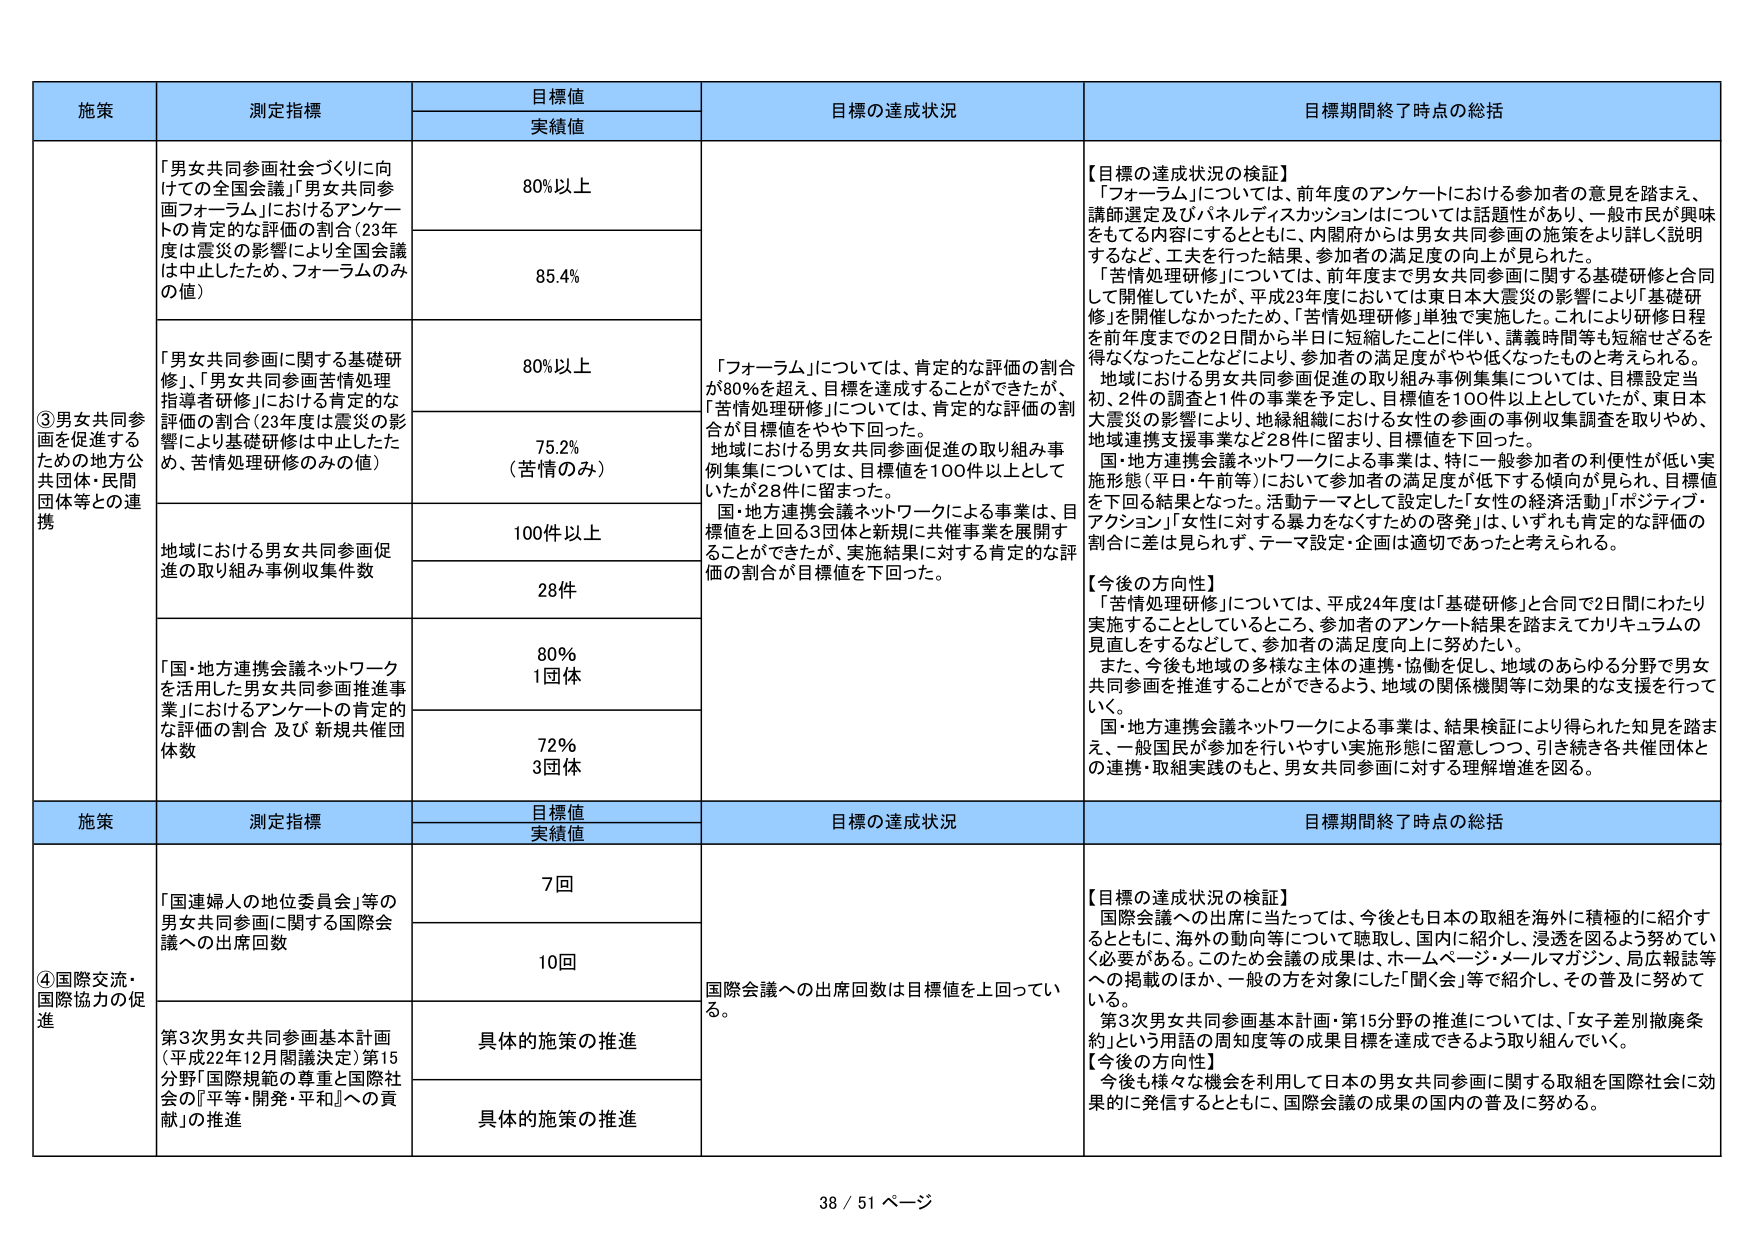
施策
測定指標
目標値
実績値
目標の達成状況
目標期間終了時点の総括
③男女共同参画を促進するための地方公共団体・民間団体等との連携
「男女共同参画社会づくりに向けての全国会議」「男女共同参画フォーラム」におけるアンケートの肯定的な評価の割合（23年度は震災の影響により全国会議は中止したため、フォーラムのみの値）
80％以上
85.4％
「フォーラム」については、肯定的な評価の割合が80％を超え、目標を達成することができたが、「苦情処理研修」については、肯定的な評価の割合が目標値をやや下回った。
地域における男女共同参画促進の取り組み事例集集については、目標値を100件以上としていたが28件に留まった。
国・地方連携会議ネットワークによる事業は、目標値を上回る3団体と新規に共催事業を展開することができたが、実施結果に対する肯定的な評価の割合が目標値を下回った。
【目標の達成状況の検証】
「フォーラム」については、前年度のアンケートにおける参加者の意見を踏まえ、講師選定及びパネルディスカッションはについては話題性があり、一般市民が興味をもてる内容にするとともに、内閣府からは男女共同参画の施策をより詳しく説明するなど、工夫を行った結果、参加者の満足度の向上が見られた。
「苦情処理研修」については、前年度まで男女共同参画に関する基礎研修と合同して開催していたが、平成23年度においては東日本大震災の影響により「基礎研修」を開催しなかったため、「苦情処理研修」単独で実施した。これにより研修日程を前年度までの2日間から半日に短縮したこと等に伴い、講義時間等も短縮せざるを得なくなったことなどにより、参加者の満足度がやや低くなったものと考えられる。
地域における男女共同参画促進の取り組み事例集集については、目標設定当初、2件の調査と1件の事業を予定し、目標値を100件以上としていたが、東日本大震災の影響により、地縁組織における女性の参画の事例収集調査を取りやめ、地域連携支援事業など28件に留まり、目標値を下回った。
国・地方連携会議ネットワークによる事業は、特に一般参加者の利便性が低い実施形態（平日・午前等）において参加者の満足度が低下する傾向が見られ、目標値を下回る結果となった。活動テーマとして設定した「女性の経済活動」「ポジティブ・アクション」「女性に対する暴力をなくすための啓発」は、いずれも肯定的な評価の割合に差は見られず、テーマ設定・企画は適切であったと考えられる。
【今後の方向性】
「苦情処理研修」については、平成24年度は「基礎研修」と合同で2日間にわたり実施することとしているところ、参加者のアンケート結果を踏まえてカリキュラムの見直しをするなどして、参加者の満足度向上に努めたい。
また、今後も地域の多様な主体の連携・協働を促し、地域のあらゆる分野で男女共同参画を推進することができるよう、地域の関係機関等に効果的な支援を行っていく。
国・地方連携会議ネットワークによる事業は、結果検証により得られた知見を踏まえ、一般国民が参加を行いやすい実施形態に留意しつつ、引き続き各共催団体との連携・取組実践のもと、男女共同参画に対する理解増進を図る。
「男女共同参画に関する基礎研修」、「男女共同参画苦情処理指導者研修」における肯定的な評価の割合（23年度は震災の影響により基礎研修は中止したため、苦情処理研修のみの値）
80％以上
75.2％（苦情のみ）
地域における男女共同参画促進の取り組み事例収集件数
100件以上
28件
「国・地方連携会議ネットワークを活用した男女共同参画推進事業」におけるアンケートの肯定的な評価の割合 及び 新規共催団体数
80％
1団体
72％
3団体
施策
測定指標
目標値
実績値
目標の達成状況
目標期間終了時点の総括
④国際交流・国際協力の促進
「国連婦人の地位委員会」等の男女共同参画に関する国際会議への出席回数
7回
10回
国際会議への出席回数は目標値を上回っている。
【目標の達成状況の検証】
国際会議への出席に当たっては、今後とも日本の取組を海外に積極的に紹介するとともに、海外の動向等について聴取し、国内に紹介し、浸透を図るよう努めていく必要がある。このため会議の成果は、ホームページ・メールマガジン、局広報誌等への掲載のほか、一般の方を対象にした「聞く会」等で紹介し、その普及に努めている。
第3次男女共同参画基本計画・第15分野の推進については、「女子差別撤廃条約」という用語の周知度等の成果目標を達成できるよう取り組んでいく。
【今後の方向性】
今後も様々な機会を利用して日本の男女共同参画に関する取組を国際社会に効果的に発信するとともに、国際会議の成果の国内の普及に努める。
第3次男女共同参画基本計画（平成22年12月閣議決定）第15分野「国際規範の尊重と国際社会の『平等・開発・平和』への貢献」の推進
具体的施策の推進
具体的施策の推進
38 / 51 ページ